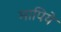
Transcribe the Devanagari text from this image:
मापिये